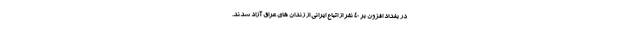
در بغداد افزون بر ۴۰ نفر از اتباع ایرانی از زندان های عراق آزاد شدند.